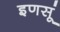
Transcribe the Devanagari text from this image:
इणसूं